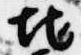
地